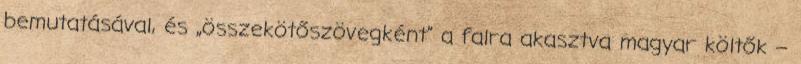
bemutatásával, és „összekötőszöveg­ként” a falra a­kasztva magyar költők –